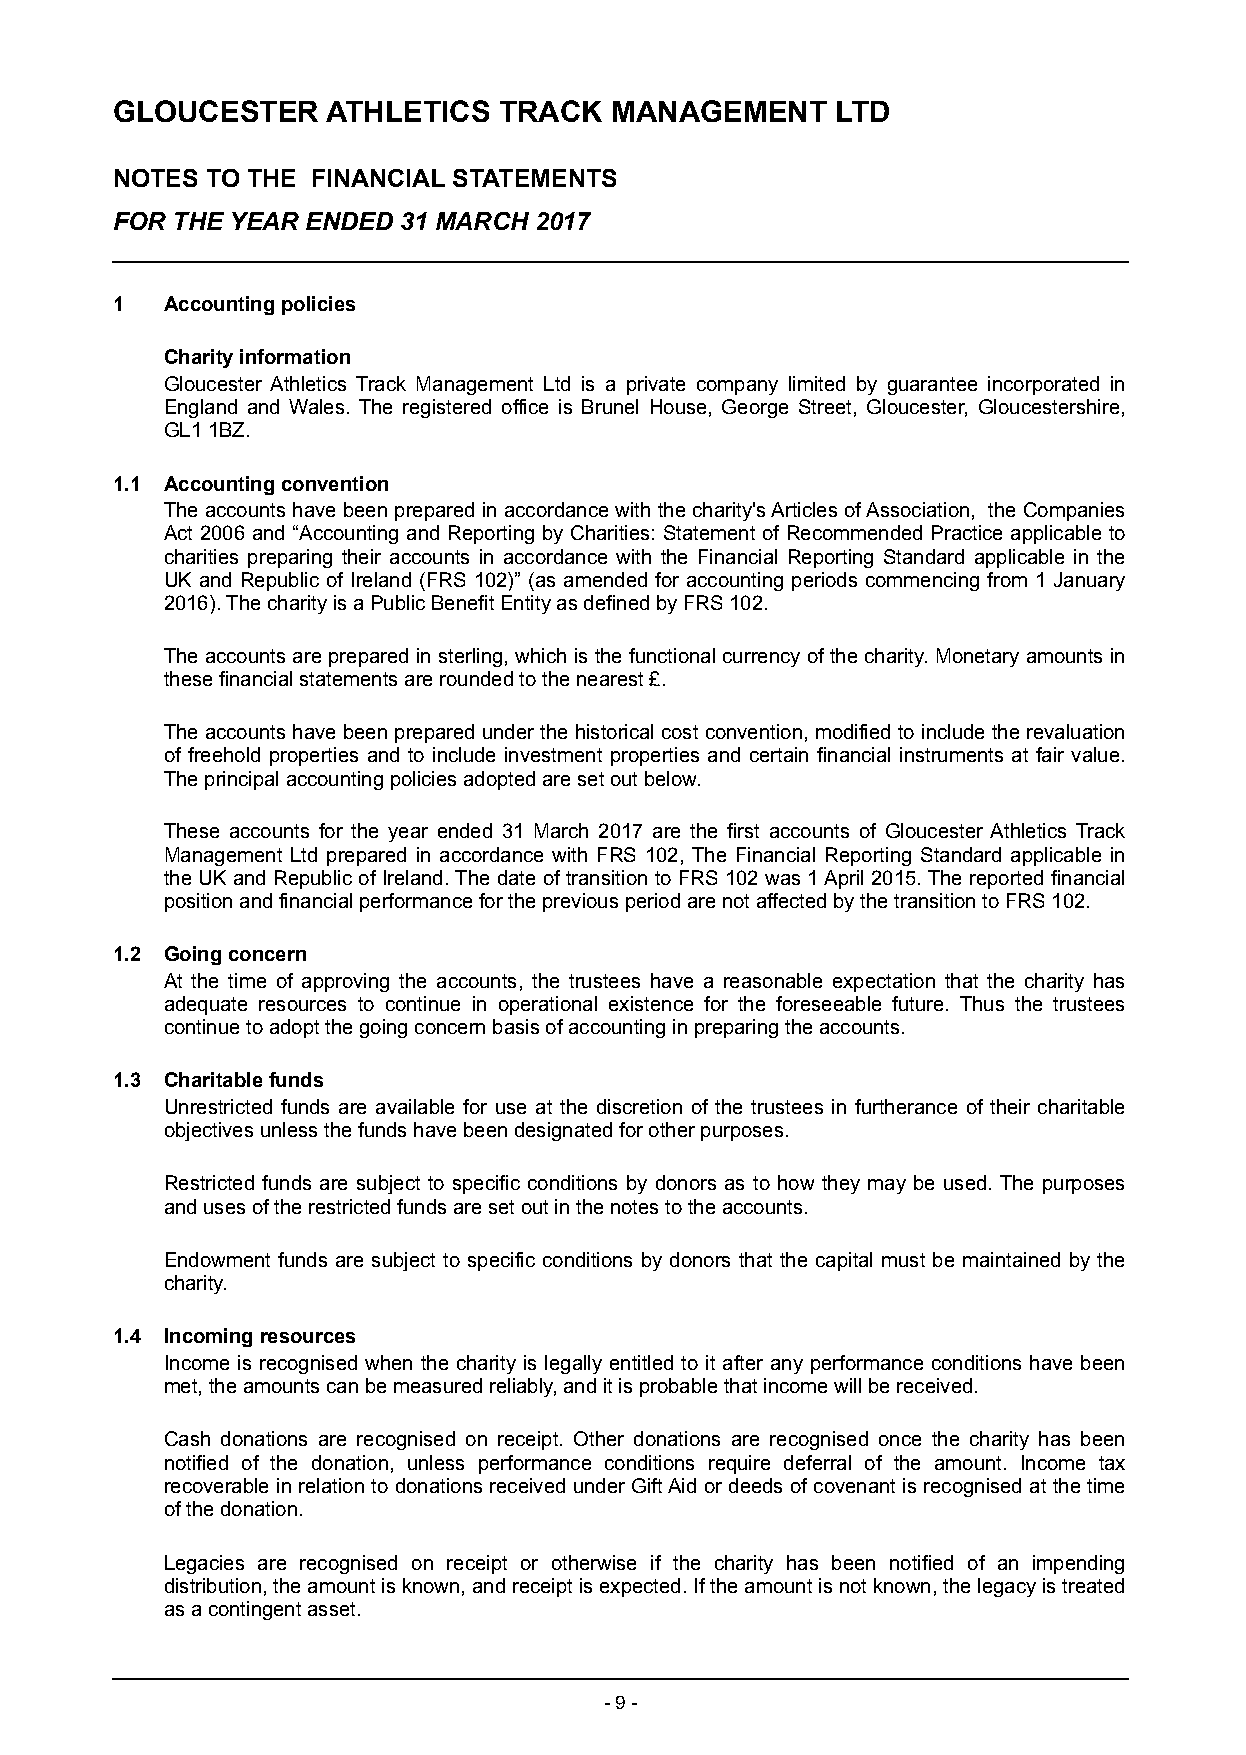
GLOUCESTER     ATHLETICS  TRACK  MANAGEMENT     LTD
 NOTES  TO THE FINANCIAL STATEMENTS
 FOR THE YEAR ENDED 31 MARCH 2017
 1   Accounting policies
 Charity information
 Gloucester Athletics Track Management Ltd is a private company limited by guarantee incorporated in
 England and Wales. The registered office is Brunel House, George Street, Gloucester, Gloucestershire,
 GL1 1BZ.
 1.1 Accounting convention
 The accounts have been prepared in accordance with the charity's Articles of Association, the Companies
 Act 2006 and “Accounting and Reporting by Charities: Statement of Recommended Practice applicable to
 charities preparing their accounts in accordance with the Financial Reporting Standard applicable in the
 UK and Republic of Ireland (FRS 102)” (as amended for accounting periods commencing from 1 January
 2016). The charity is a Public Benefit Entity as defined by FRS 102.
 The accounts are prepared in sterling, which is the functional currency of the charity. M onetary am ounts i n
 these financial statements are r ounded to the nearest £.
 The accounts have been prepared under the historical cost convention, modified to include the revaluation
 of freehold properties and to include investment properties and certain financial instruments at fair value.
 The principal accounting policies adopted are set out below.
 These accounts for the year ended 31 March 2017 a re the first accounts of Gloucester Athletics Track
 Management Ltd prepared in accordance with FRS 102, The Financial Reporting Standard applicable in
 the UK and Republic of Ireland. The date of transition to FRS 102 was 1 April 2015. The reported financial
 position and financial performance for the previous period are not affected by the transition to FRS 102.
 1.2 Going concern
 At the time of approving the accounts, the trustees have a reasonable expectation that the charity has
 adequate resources to continue in operational existence for the foreseeable future. Thus the trustees
 c ontinue t o adopt the going concern basis of accounting in preparing the accounts.
 1.3 Charitable funds
 Unrestricted funds are available for use at the discretion of the trustees in furtherance of their charitable
 objectives unless the funds have been designated for other purposes.
 Restricted funds are subject to specific conditions by donors as to how they may be used. The purposes
 and uses of the restricted funds are set out in the notes to the accounts.
 Endowment funds are subject to specific conditions by donors that the capital must be maintained by the
 charity.
 1.4 Incoming resources
 Income is recognised when the charity is legally entitled to it after any performance conditions have been
 met, the amounts can be measured reliably, and it is probable that income will be received.
 Cash donations are recognised on receipt. Other donations are recognised once the charity has been
 notified of the donation, unless performance conditions require deferral of the amount. Income tax
 recoverable in relation to donations received under Gift Aid or deeds of covenant is recognised at the time
 of the donation.
 Legacies are recognised on receipt or otherwise if the charity has been notified of an impending
 distribution, the amount is known, and receipt is expected. If the amount is not known, the legacy is treated
 as a contingent asset.
 - 9 -